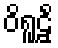
ဝိရူဠှိံ